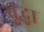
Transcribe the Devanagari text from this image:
वृृद्धा